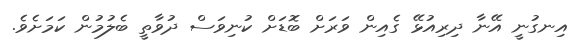
އިނގުނީ އޭނާ ދިރިއުޅޭ ގެއިން ވަރަށް ބޮޑަށް ކުނިވަސް ދުވާތީ ބެލުމުން ކަމަށެވެ.